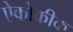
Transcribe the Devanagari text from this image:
ऐकोकीक